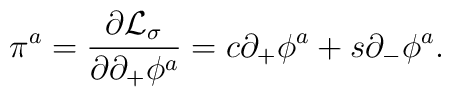
\pi^a={\partial {\cal L}_{\sigma} \over \partial\partial_+\phi^a}=c\partial_+\phi^a+s\partial_-\phi^a .